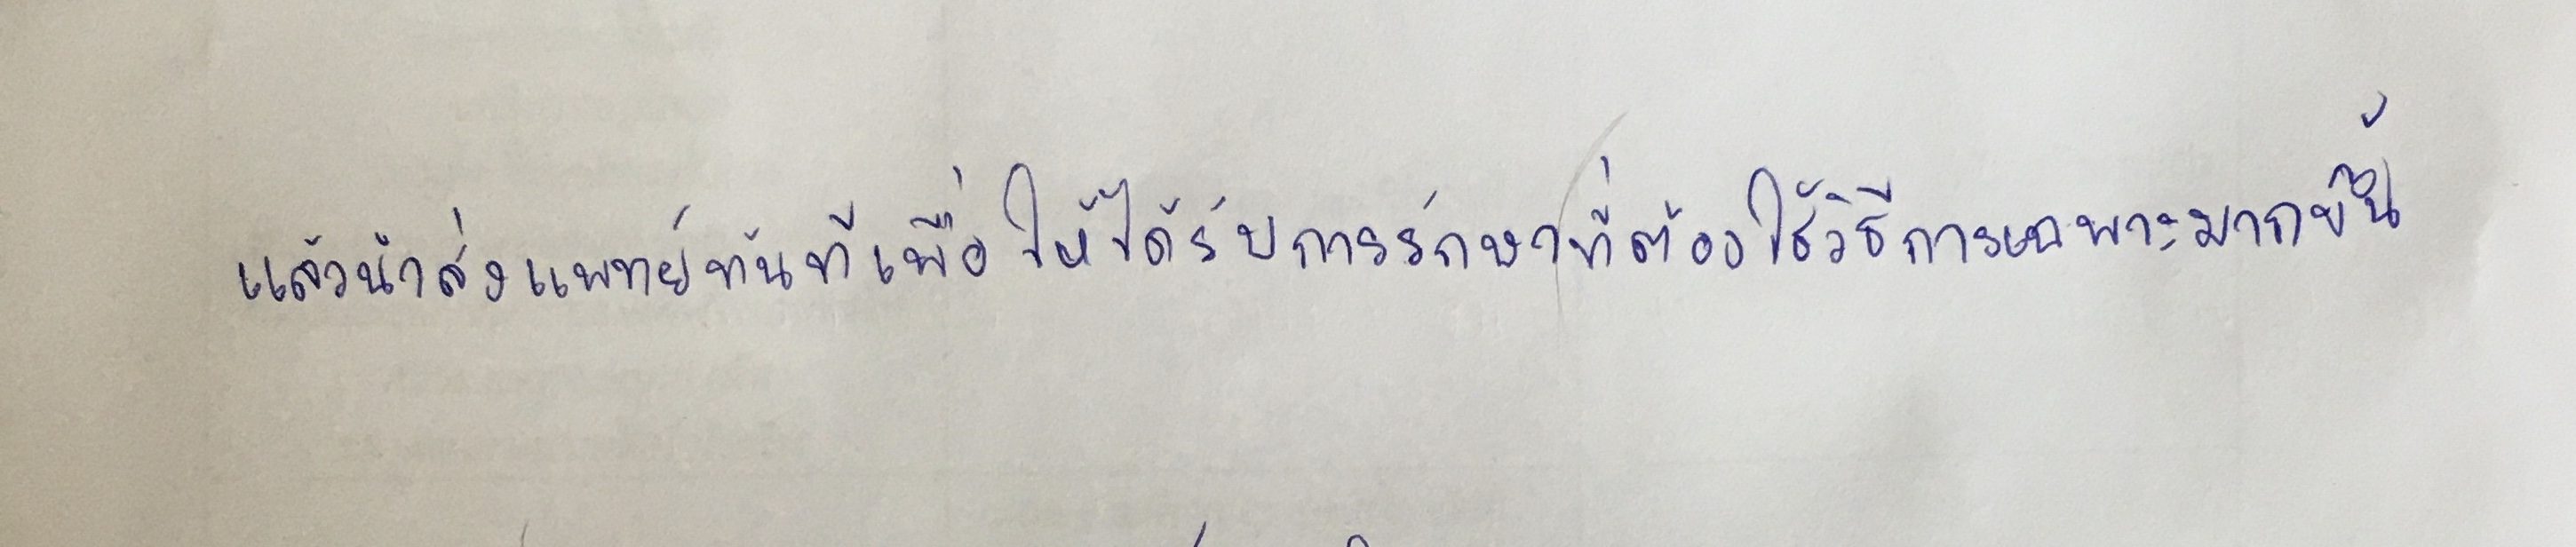
แล้วนำส่งแพทย์ทันทีเพื่อให้ได้รับการรักษาที่ต้องใช้วิธีการเฉพาะมากขึ้น